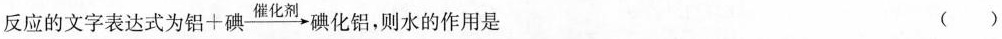
反应的文字表达式为铝+碘\stackrel{\text { 催化剂 }}{\longrightarrow} 碘化铝，则水的作用是（ ）